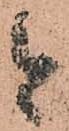
と